Annual report of the Central Committee of the Association together with the report of the directors of the Pasteur Institute at Kasauli
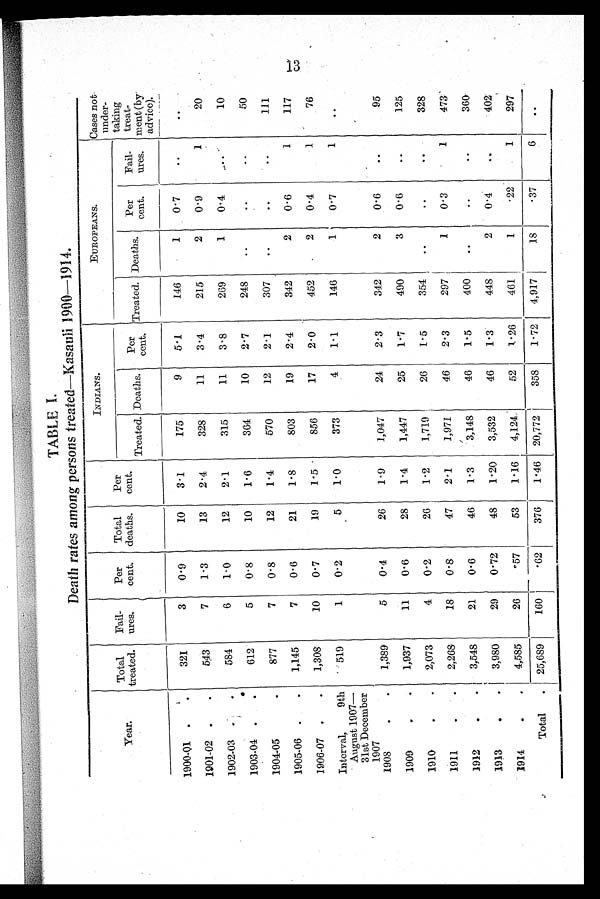
TABLE I.
Death rates among persons treated—Kasauli 1900—1914.
Year.
Total
treated.
Fail-
ures.
Per
cent.
Total
deaths.
Per
cent.
INDIANS.
EUROPEANS.
Cases not
under-
taking
treat-
ment (by
advice).
Treated. Deaths.
Per
cent. Treated. Deaths.
Per
cent.
Fail-
ures.
1900-01 .
.
321
3
0.·9
10
3·1
175
9
5·1
146
1
0·7
. .
. .
1901-02 .
.
543
7
1·3
13
2·4
328
11
3·4
215
2
0 · 9
1
20
1902-03 .
.
584
6
1· 0
12
2·1
315
11
3 · 8
269
1
0·4
..
10
1903-04 .
.
612
5
0 · 8
10
1·6
364
10
2·7
248
. .
. .
..
50
1904-05 . .
877
7
0·8
12
1·4
570
12
2·1
307
. .
. .
..
1 1 1
1905-06 .
.
1,145
7
0·6
21
1·8
803
19
2·4
342
2
0·6
1
117
1906-07 .
.
1,308
10
0·7
19
1·5
856
17
2·0
452
2
0·4
1
76
Interval, 9th
August 1907
—31st December
1907
519
1
0·2
5
1·0
373
4
1·1
146
1
0·7
1
..
1908
.
.
1,389
5
0·4
26
1·9
1,047
24
2·3
342
2
0·6
..
95
1909
.
.
1,937
11
0·6
28
1·4
1,447
25
1·7
490
3
0·6
..
125
1910
. .
2,073
4
0·2
26
1·2
1,719
26
1·5
354
. .
. .
. .
328
1911
.
.
2,268
18
0·8
47
2·1
1,971
46
2·3
297
1
0·3
1
473
1912
. .
3,548
21
0·6
46
1·3
3,148
46
1·5
400
. .
. .
..
360
1913
.
.
3,980
29
0·72
48
1·20
3,532
46
1·3
448
2
0·4
..
402
1914
. .
Total
.
4,585
26
·57
53
1·16
4,124
52
1 · 2 6
461
1
·22
1
297
25,689 160
· 62
376
1·46 20,772
358
1 ·72 4,917
18
·37
6
. .
13